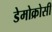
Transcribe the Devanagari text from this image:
डेमोक्रोसी